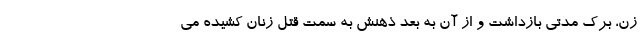
زن، برک مدتی بازداشت و از آن به بعد ذهنش به سمت قتل زنان کشیده می